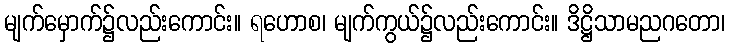
မျက်မှောက်၌လည်းကောင်း။ ရဟောစ၊ မျက်ကွယ်၌လည်းကောင်း။ ဒိဋ္ဌိသာမညဂတော၊